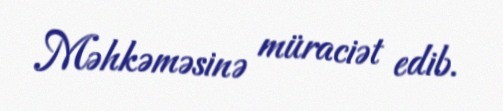
Məhkəməsinə müraciət edib.